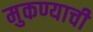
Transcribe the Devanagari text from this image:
मुकण्याची